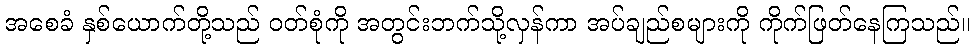
အစေခံ နှစ်ယောက်တို့သည် ဝတ်စုံကို အတွင်းဘက်သို့လှန်ကာ အပ်ချည်စများကို ကိုက်ဖြတ်နေကြသည်။